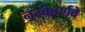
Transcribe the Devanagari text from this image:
नरकार्णवे